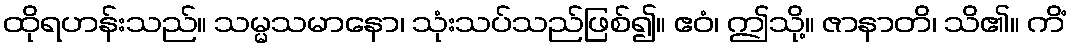
ထိုရဟန်းသည်။ သမ္မသမာနော၊ သုံးသပ်သည်ဖြစ်၍။ ဧဝံ၊ ဤသို့။ ဇာနာတိ၊ သိ၏။ ကိံ